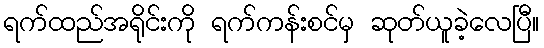
ရက်ထည်အရိုင်းကို ရက်ကန်းစင်မှ ဆုတ်ယူခဲ့လေပြီ။